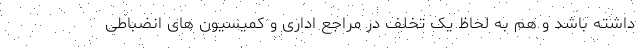
داشته باشد و هم به لحاظ یک تخلف در مراجع اداری و کمیسیون های انضباطی